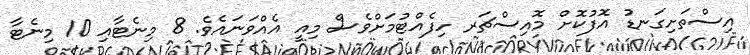
އިސްތަށިގަނޑު އޮފުކޮށް މޮއިސްޗަރ ހިފެއްޓުމަށްވެސް މިއީ އެއްވަނައެވެ. 8 މިނެޓާއި 10 މިނެޓާ